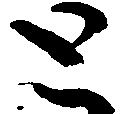
と